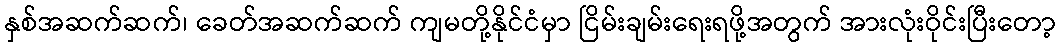
နှစ်အဆက်ဆက်၊ ခေတ်အဆက်ဆက် ကျမတို့နိုင်ငံမှာ ငြိမ်းချမ်းရေးရဖို့အတွက် အားလုံးဝိုင်းပြီးတော့